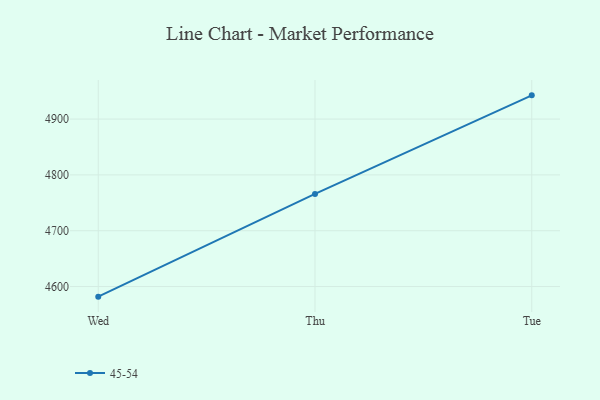
{"axis": {"x": "Day", "y": "Tickets Resolved"}, "legend": ["45-54"], "data": [{"x": "Wed", "y": 4581.9, "type": "45-54"}, {"x": "Thu", "y": 4766.0, "type": "45-54"}, {"x": "Tue", "y": 4942.5, "type": "45-54"}]}